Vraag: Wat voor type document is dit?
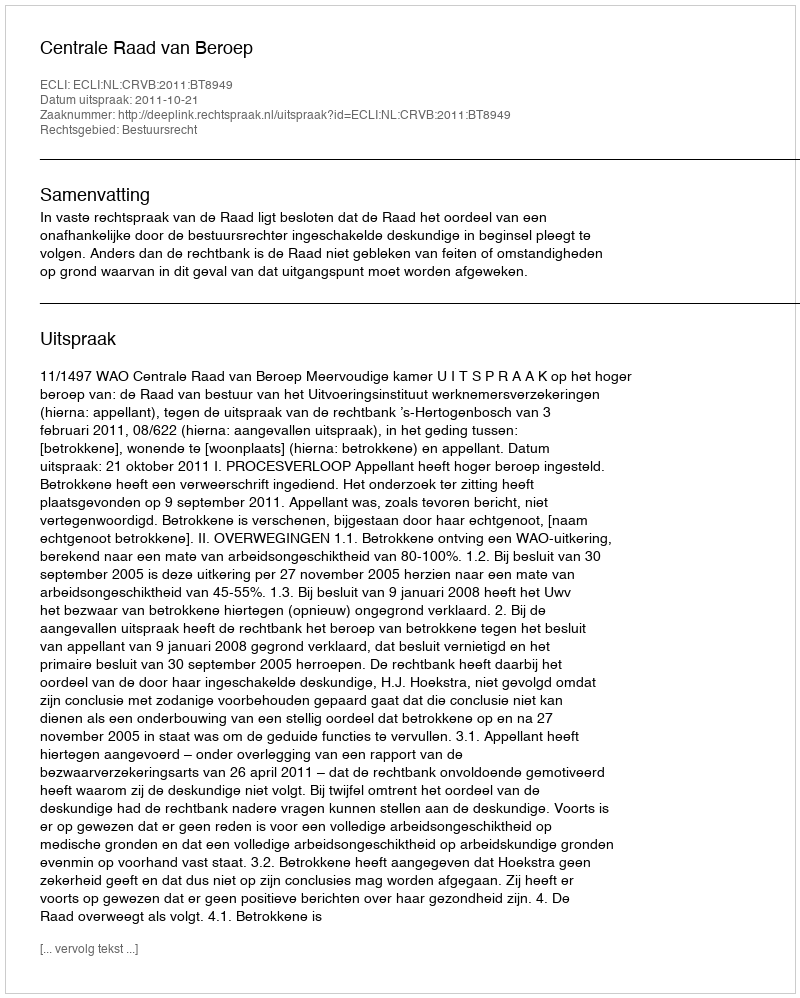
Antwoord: Uitspraak